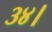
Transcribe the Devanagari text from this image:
३४।